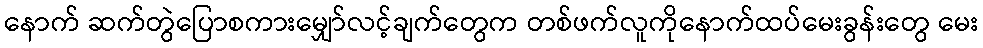
နောက် ဆက်တွဲပြောစကားမျှော်လင့်ချက်တွေက တစ်ဖက်လူကိုနောက်ထပ်မေးခွန်းတွေ မေး